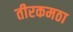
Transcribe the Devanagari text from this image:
तीरकमठा